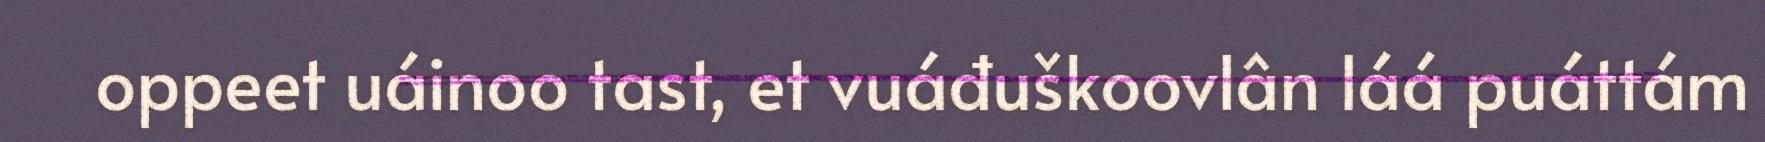
oppeet uáinoo tast, et vuáđuškoovlân láá puáttám